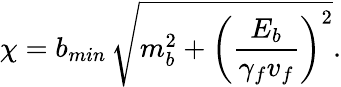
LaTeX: \chi=b_{min}\, \sqrt{m_{b}^{2}+\left(\frac{E_{b}}{\gamma_{f}v_{f}}\right)^{2}}.